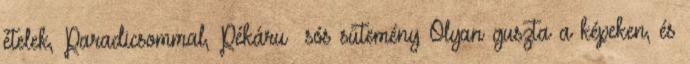
ételek, Paradicsommal, Pékáru sós sütemény Olyan guszta a képeken, és